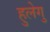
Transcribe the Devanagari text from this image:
हुलेगु